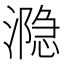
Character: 𰝋